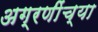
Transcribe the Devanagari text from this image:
अग्रणींच्या